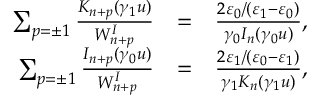
\begin{array} { r l r } { \sum _ { p = \pm 1 } \frac { K _ { n + p } ( \gamma _ { 1 } u ) } { W _ { n + p } ^ { I } } } & { = } & { \frac { 2 \varepsilon _ { 0 } / ( \varepsilon _ { 1 } - \varepsilon _ { 0 } ) } { \gamma _ { 0 } I _ { n } ( \gamma _ { 0 } u ) } , } \\ { \sum _ { p = \pm 1 } \frac { I _ { n + p } ( \gamma _ { 0 } u ) } { W _ { n + p } ^ { I } } } & { = } & { \frac { 2 \varepsilon _ { 1 } / \left( \varepsilon _ { 0 } - \varepsilon _ { 1 } \right) } { \gamma _ { 1 } K _ { n } ( \gamma _ { 1 } u ) } , } \end{array}